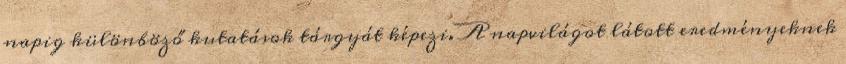
napig különböző kutatások tárgyát képezi. A napvilágot látott eredményeknek